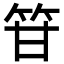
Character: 䇞